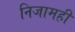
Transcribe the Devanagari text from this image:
निजामही